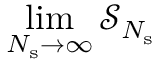
\operatorname* { l i m } _ { N _ { \mathrm { s } } \to \infty } \mathcal { S } _ { N _ { \mathrm { s } } }